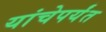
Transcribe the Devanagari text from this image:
यांचेपर्यंत